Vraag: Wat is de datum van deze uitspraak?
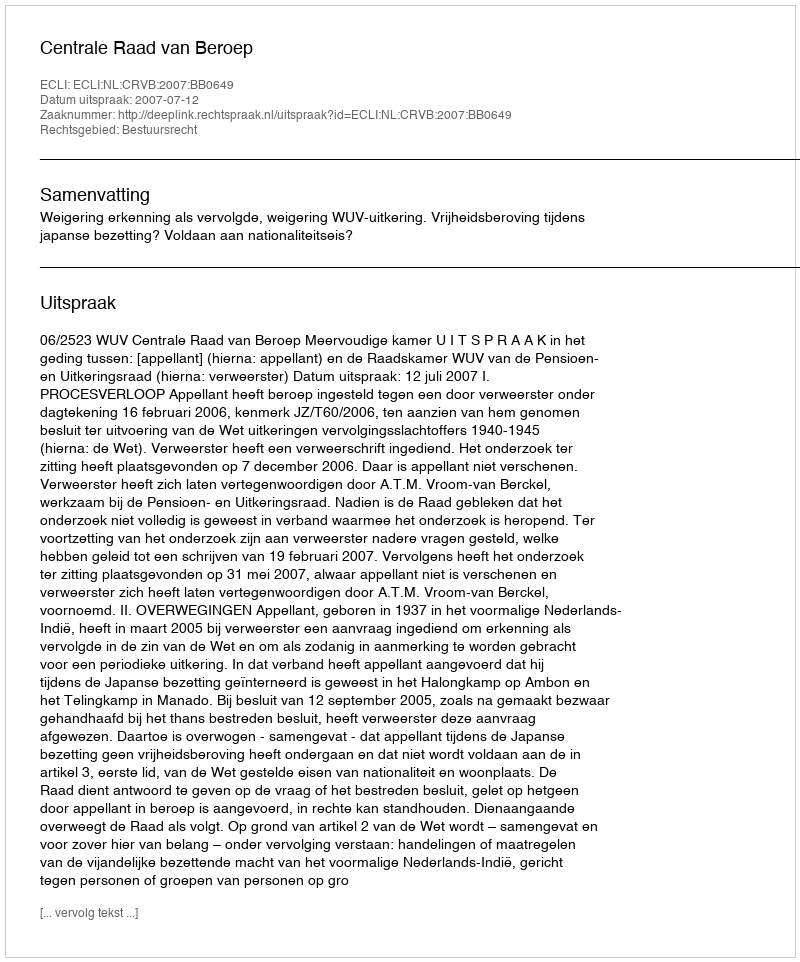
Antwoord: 2007-07-12